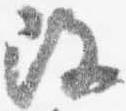
改